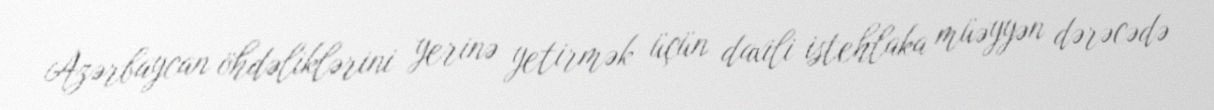
Azərbaycan öhdəliklərini yerinə yetirmək üçün daxili istehlaka müəyyən dərəcədə